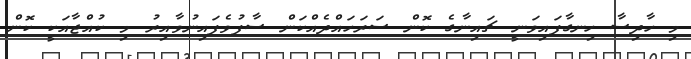
މި ހާދިސާ ހިނގާފައިވަނީ ޗައިނާގެ ކޮން ސަރަހައްދެއްކަން ސާފުވެފައިނުވާއިރު މި ކުއްޖާއަކީ ކޮން